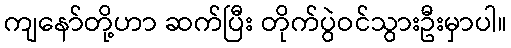
ကျနော်တို့ဟာ ဆက်ပြီး တိုက်ပွဲဝင်သွားဦးမှာပါ။